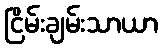
ငြိမ်းချမ်းသာယာ